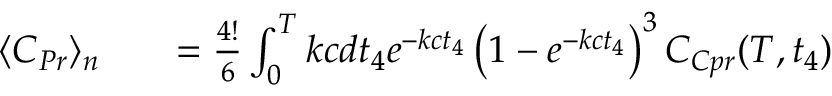
\begin{array} { r l r } { \langle C _ { P r } \rangle _ { n } } & { { } } & { = \frac { 4 ! } { 6 } \int _ { 0 } ^ { T } k c d t _ { 4 } e ^ { - k c t _ { 4 } } \left( 1 - e ^ { - k c t _ { 4 } } \right) ^ { 3 } C _ { C p r } ( T , t _ { 4 } ) } \end{array}